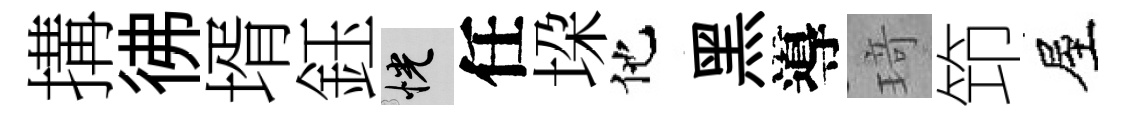
搆彿壻鈺恍任垜他黑導𤦺笻屋